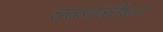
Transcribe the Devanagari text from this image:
चळ्वळीच्या